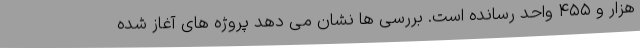
هزار و ۴۵۵ واحد رسانده است. بررسی ها نشان می دهد پروژه های آغاز شده